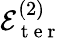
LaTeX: \mathcal{E}_{\mathrm{~t~e~r~}}^{(2)}